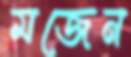
মজেন